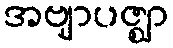
အဗျာပဇ္ဈာ